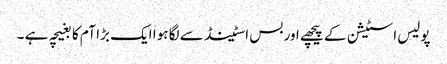
پولیس اسٹیشن کے پیچھے اور بس اسٹینڈ سے لگا ہوا ایک بڑا آم کا بغیچہ ہے ۔